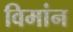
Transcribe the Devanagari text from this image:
विमांन